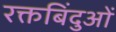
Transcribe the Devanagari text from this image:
रक्तबिंदुओं